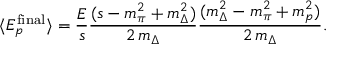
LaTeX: \langle E _ { p } ^ { \mathrm { f i n a l } } \rangle = \frac { E } { s } \frac { ( s - m _ { \pi } ^ { 2 } + m _ { \Delta } ^ { 2 } ) } { 2 \, m _ { \Delta } } \frac { ( m _ { \Delta } ^ { 2 } - m _ { \pi } ^ { 2 } + m _ { p } ^ { 2 } ) } { 2 \, m _ { \Delta } } .